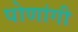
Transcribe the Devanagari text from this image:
पोणांगी